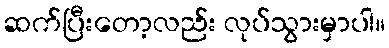
ဆက်ပြီးတော့လည်း လုပ်သွားမှာပါ။